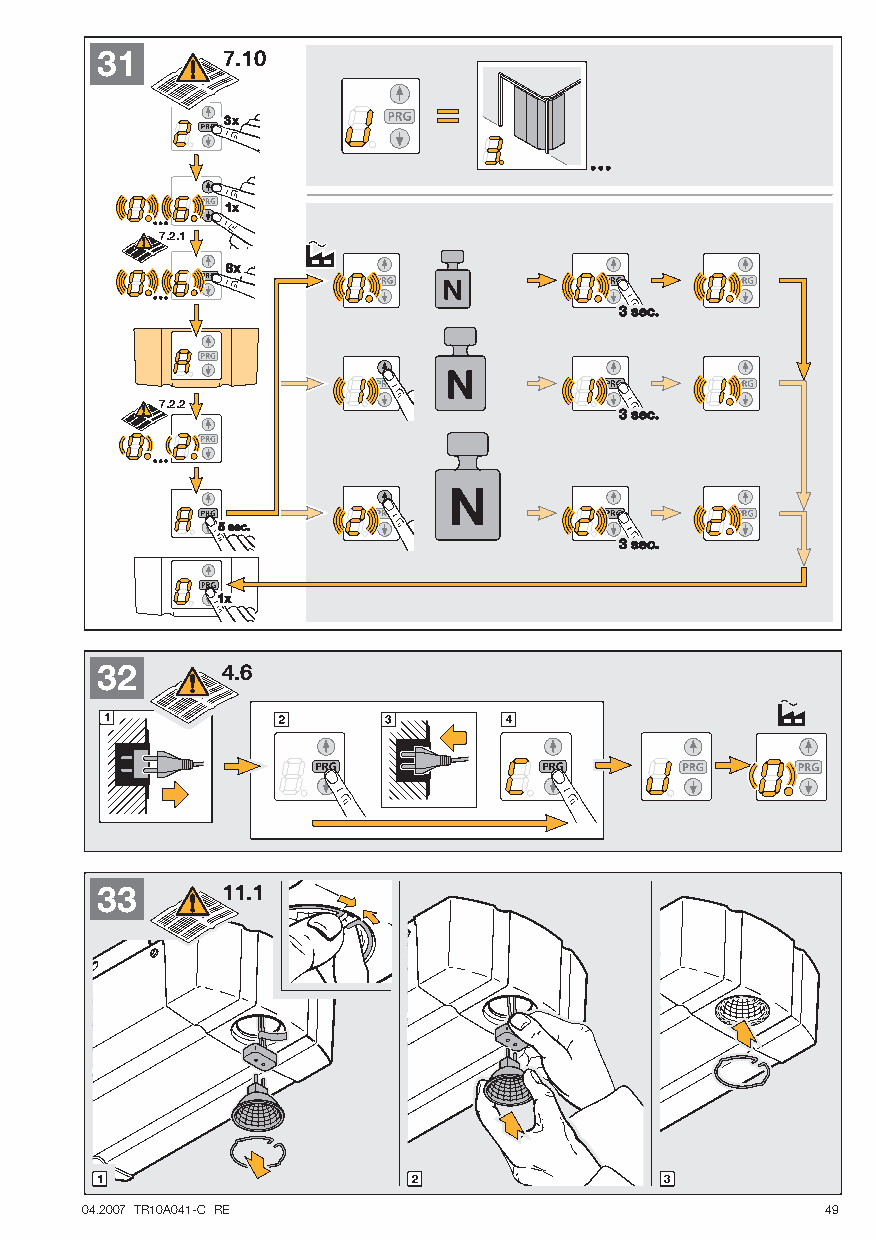
31       7.10
 7.2.1
 7.2.2
 32       4.6
 33       11.1
 04.2007 TR10A041-C RE                             49